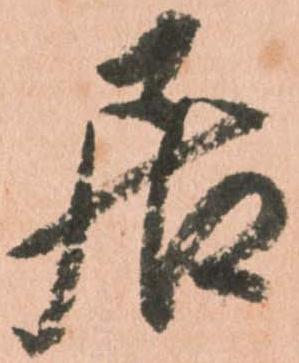
居